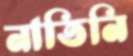
নাতিনি